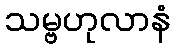
သမ္ဗဟုလာနံ